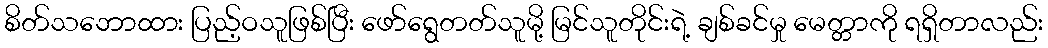
စိတ်သဘောထား ပြည့်ဝသူဖြစ်ပြီး ဖော်ရွေတတ်သူမို့ မြင်သူတိုင်းရဲ့ ချစ်ခင်မှု မေတ္တာကို ရရှိတာလည်း